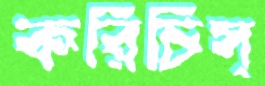
করিচিস্